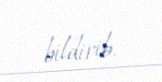
bildirib.